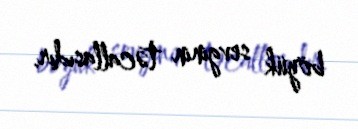
böyük sevginin təcallasıdır.